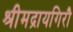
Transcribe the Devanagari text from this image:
श्रीमद्रायगिरौ